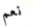
نعم